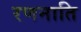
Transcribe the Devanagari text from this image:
रणनाति